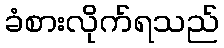
ခံစားလိုက်ရသည်